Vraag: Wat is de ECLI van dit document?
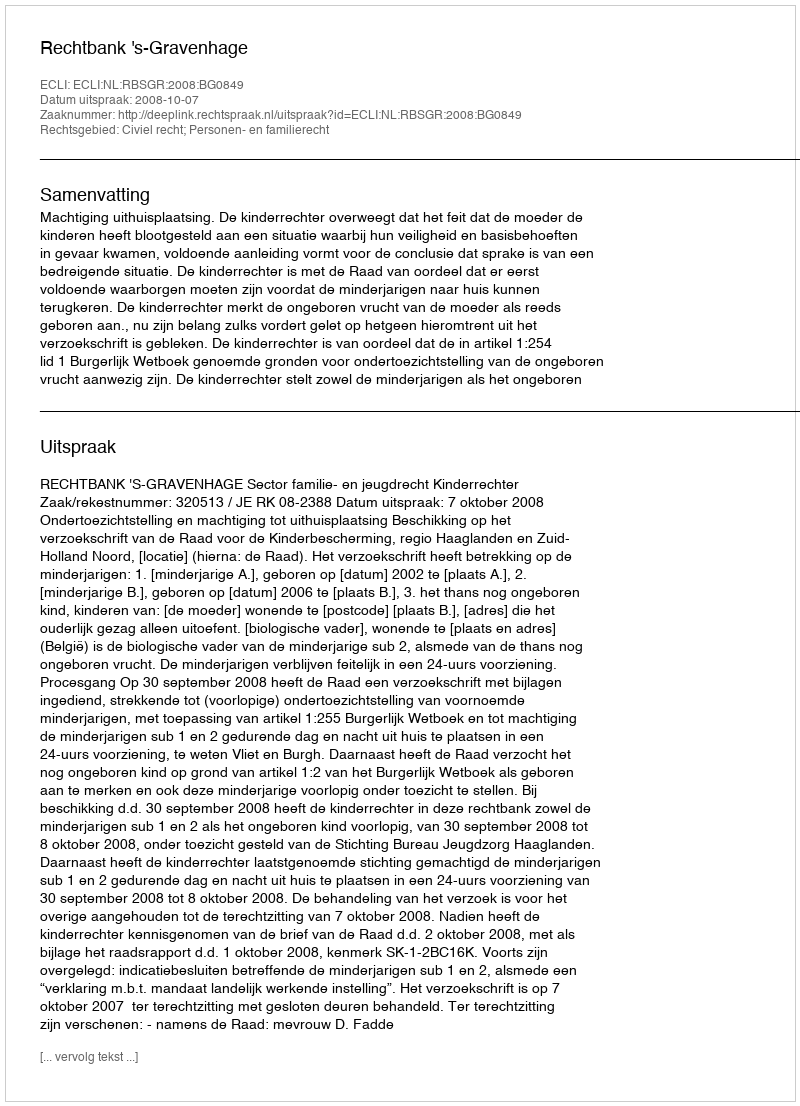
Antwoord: ECLI:NL:RBSGR:2008:BG0849